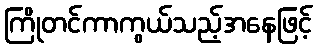
ကြိုတင်ကာကွယ်သည့်အနေဖြင့်